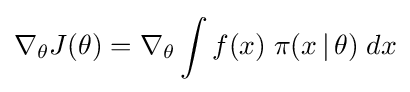
\nabla _{\theta }J(\theta )=\nabla _{\theta }\int f(x)\;\pi (x\,|\,\theta )\;dx